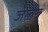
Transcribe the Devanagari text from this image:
जलेबू